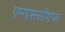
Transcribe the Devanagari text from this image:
एमएससीएफ